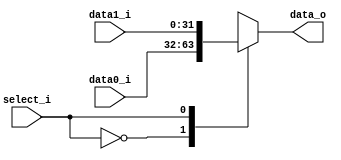
`timescale 1ns/1ps

module MUX_2to1 #(parameter size = 32) (
    input       [size-1:0] data0_i,
    input       [size-1:0] data1_i,
    input                select_i,
    output reg  [size-1:0] data_o
);
/* Write your code HERE */

always @(*) begin
    case (select_i) 
    1'h0: data_o = data0_i;
    1'h1: data_o = data1_i;
    endcase
end

endmodule